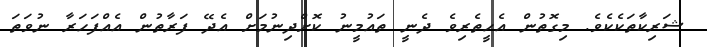
ޝަރިކާތަކެކެވެ. މިގޮތުން އެހީތެރިވެ ދެނީ ތައުމީނު ކޮށްދިނުމަށް އެދޭ ފަރާތުން އެއްފަހަރާ ނުވަތަ